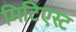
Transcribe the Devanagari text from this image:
मिटिएस्ट